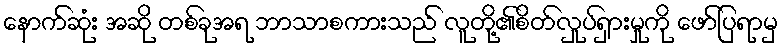
နောက်ဆုံး အဆို တစ်ခုအရ ဘာသာစကားသည် လူတို့၏စိတ်လှုပ်ရှားမှုကို ဖော်ပြရာမှ